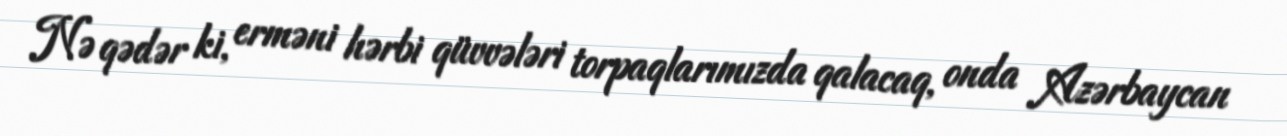
Nə qədər ki, erməni hərbi qüvvələri torpaqlarımızda qalacaq, onda Azərbaycan